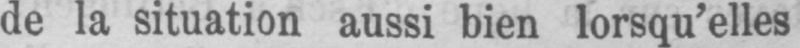
de la situation aussi bien lorsqu’elles